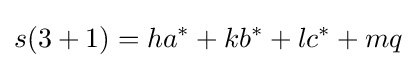
s(3+1)=ha^{*}+kb^{*}+lc^{*}+mq